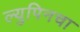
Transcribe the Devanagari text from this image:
ल्युपिनचा